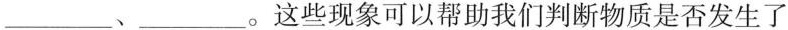
___、___。这些现象可以帮助我们判断物质是否发生了